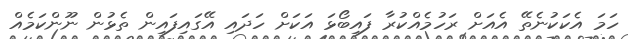
ހަމަ އެކަކުނެތޭ އެއަށް ރަހުމެއްކުރާ ފައިބޯޅަ އަކަށް ހަދައި އޭގައިފައިން ތެޅުން ނޫންކަމެއް